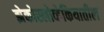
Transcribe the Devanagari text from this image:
झेकोस्लोव्हेकियातील